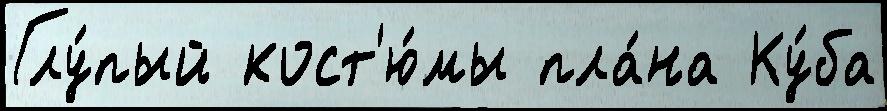
Глу́пый кост'ю́мы пла́на Ку́ба